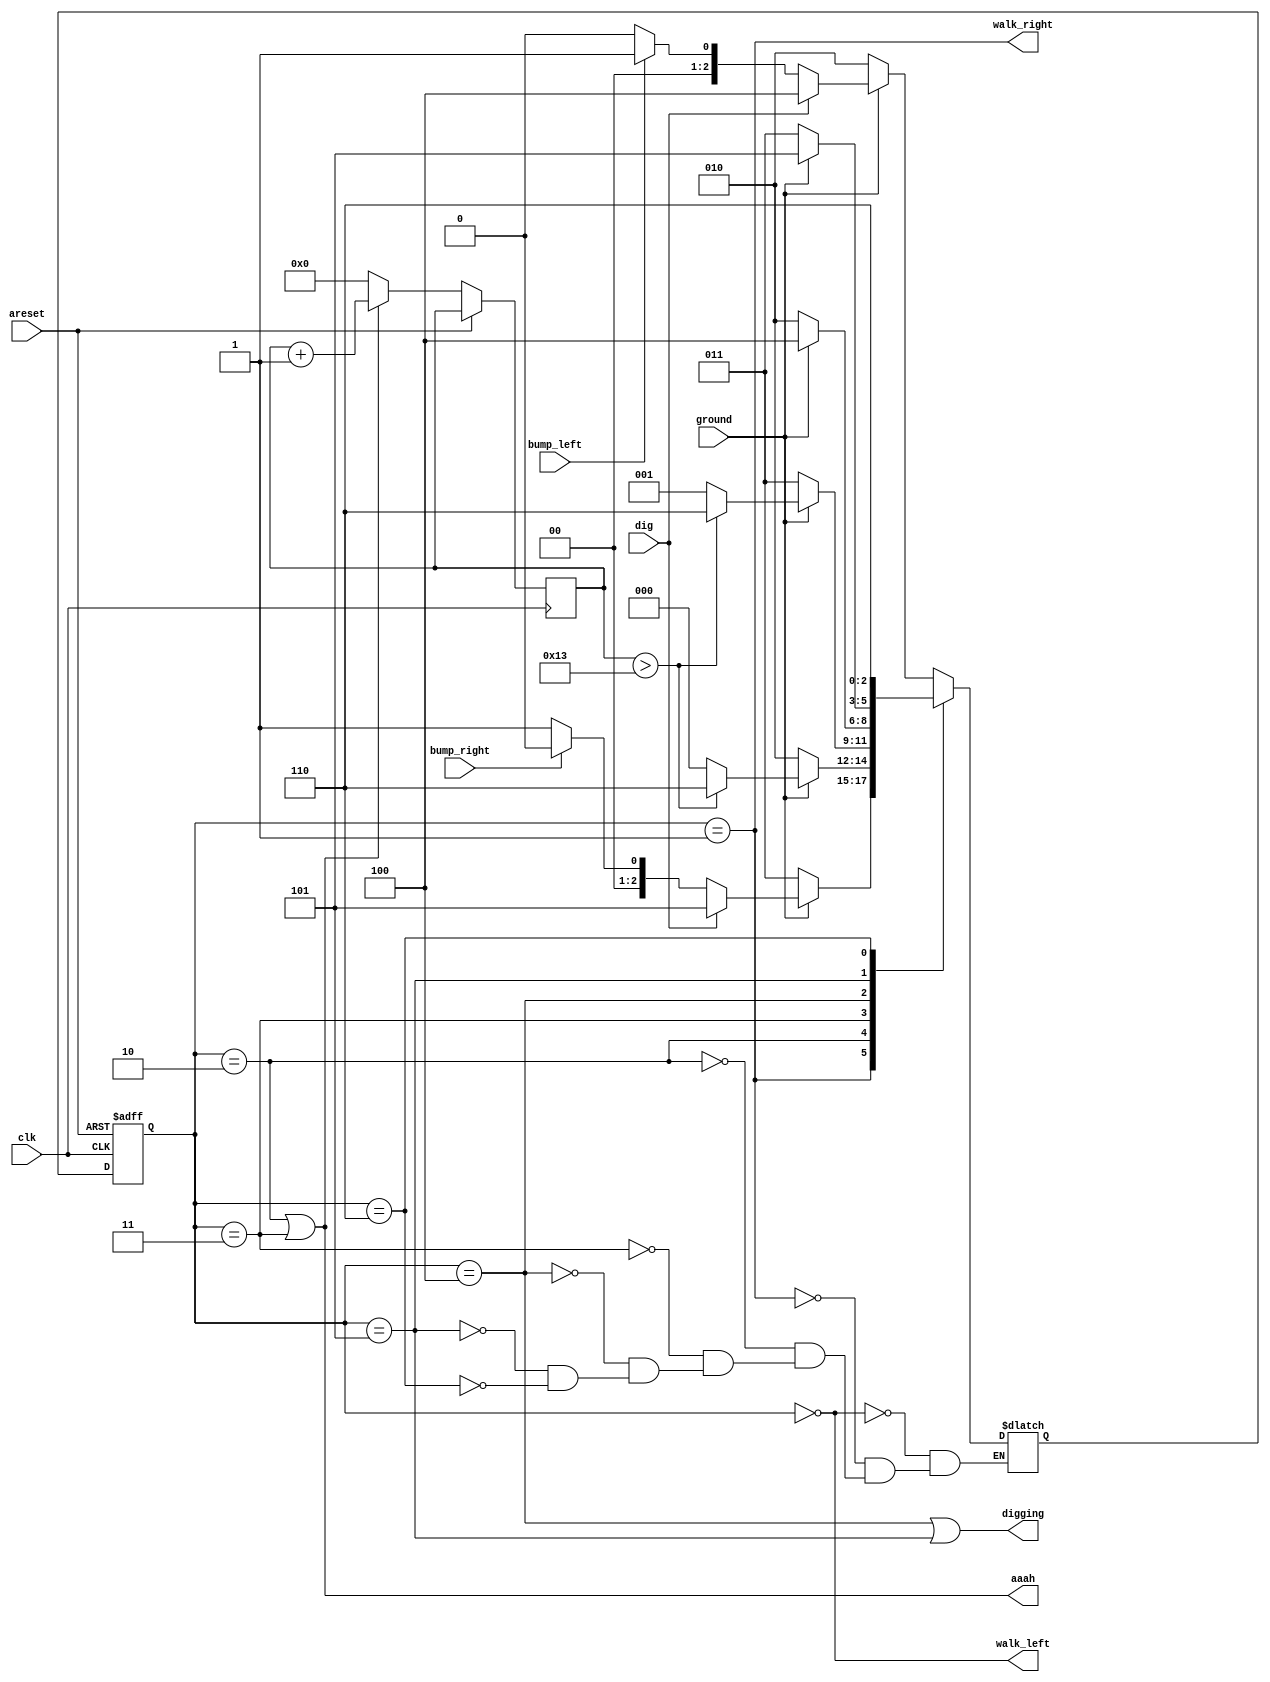
/*
See also: Lemmings1, Lemmings2, and Lemmings3.

Although Lemmings can walk, fall, and dig, Lemmings aren't
invulnerable. If a Lemming falls for too long then hits the
ground, it can splatter. In particular, if a Lemming falls
for more than 20 clock cycles then hits the ground, it will
splatter and cease walking, falling, or digging (all 4 outputs
become 0), forever (Or until the FSM gets reset). There is no
upper limit on how far a Lemming can fall before hitting the
ground. Lemmings only splatter when hitting the ground; they
do not splatter in mid-air.

Extend your finite state machine to model this behaviour.

Falling for 20 cycles is survivable:
*/

module top_module(
    input clk,
    input areset,    // Freshly brainwashed Lemmings walk left.
    input bump_left,
    input bump_right,
    input ground,
    input dig,
    output walk_left,
    output walk_right,
    output aaah,
    output digging ); 
    
    parameter L=0, R=1, FL=2, FR=3, DL=4, DR=5, SPLAT=6;
    reg [2:0] state, next;
    reg [31:0] count;

    always @(*) begin
        case (state)
            L: begin
                if (ground)
                    if (dig)
                        next = DL;
                	else
                    	next = bump_left ? R : L;
                else
                    next = FL;
            end
            R: begin
                if (ground)
                    if (dig)
                        next = DR;
                    else
                        next = bump_right ? L : R;
                else
                    next = FR;
            end
            FL: begin
                if (ground) begin
                    if (count > 19) next = SPLAT;
                    else next = L;
                end
                else next = FL;
            end
            FR: begin
                if (ground) begin
                    if (count > 19) next = SPLAT;
                    else next = R;
                end
                else next = FR;
            end
            DL: begin
                next = ground ? DL : FL;
            end
            DR: begin
                next = ground ? DR : FR;
            end
            SPLAT: next = SPLAT;
        endcase
    end

    always @(posedge clk, posedge areset) begin
        if (areset) state <= L;
        else begin
            state <= next;
            if (state == FL | state == FR) begin
            	count <= count + 1;
        	end
        	else begin
            	count <= 0;
        	end
        end
    end

    assign walk_left = (state == L);
    assign walk_right = (state == R);
    assign aaah = (state == FL | state == FR);
    assign digging = (state == DL | state == DR);

endmodule